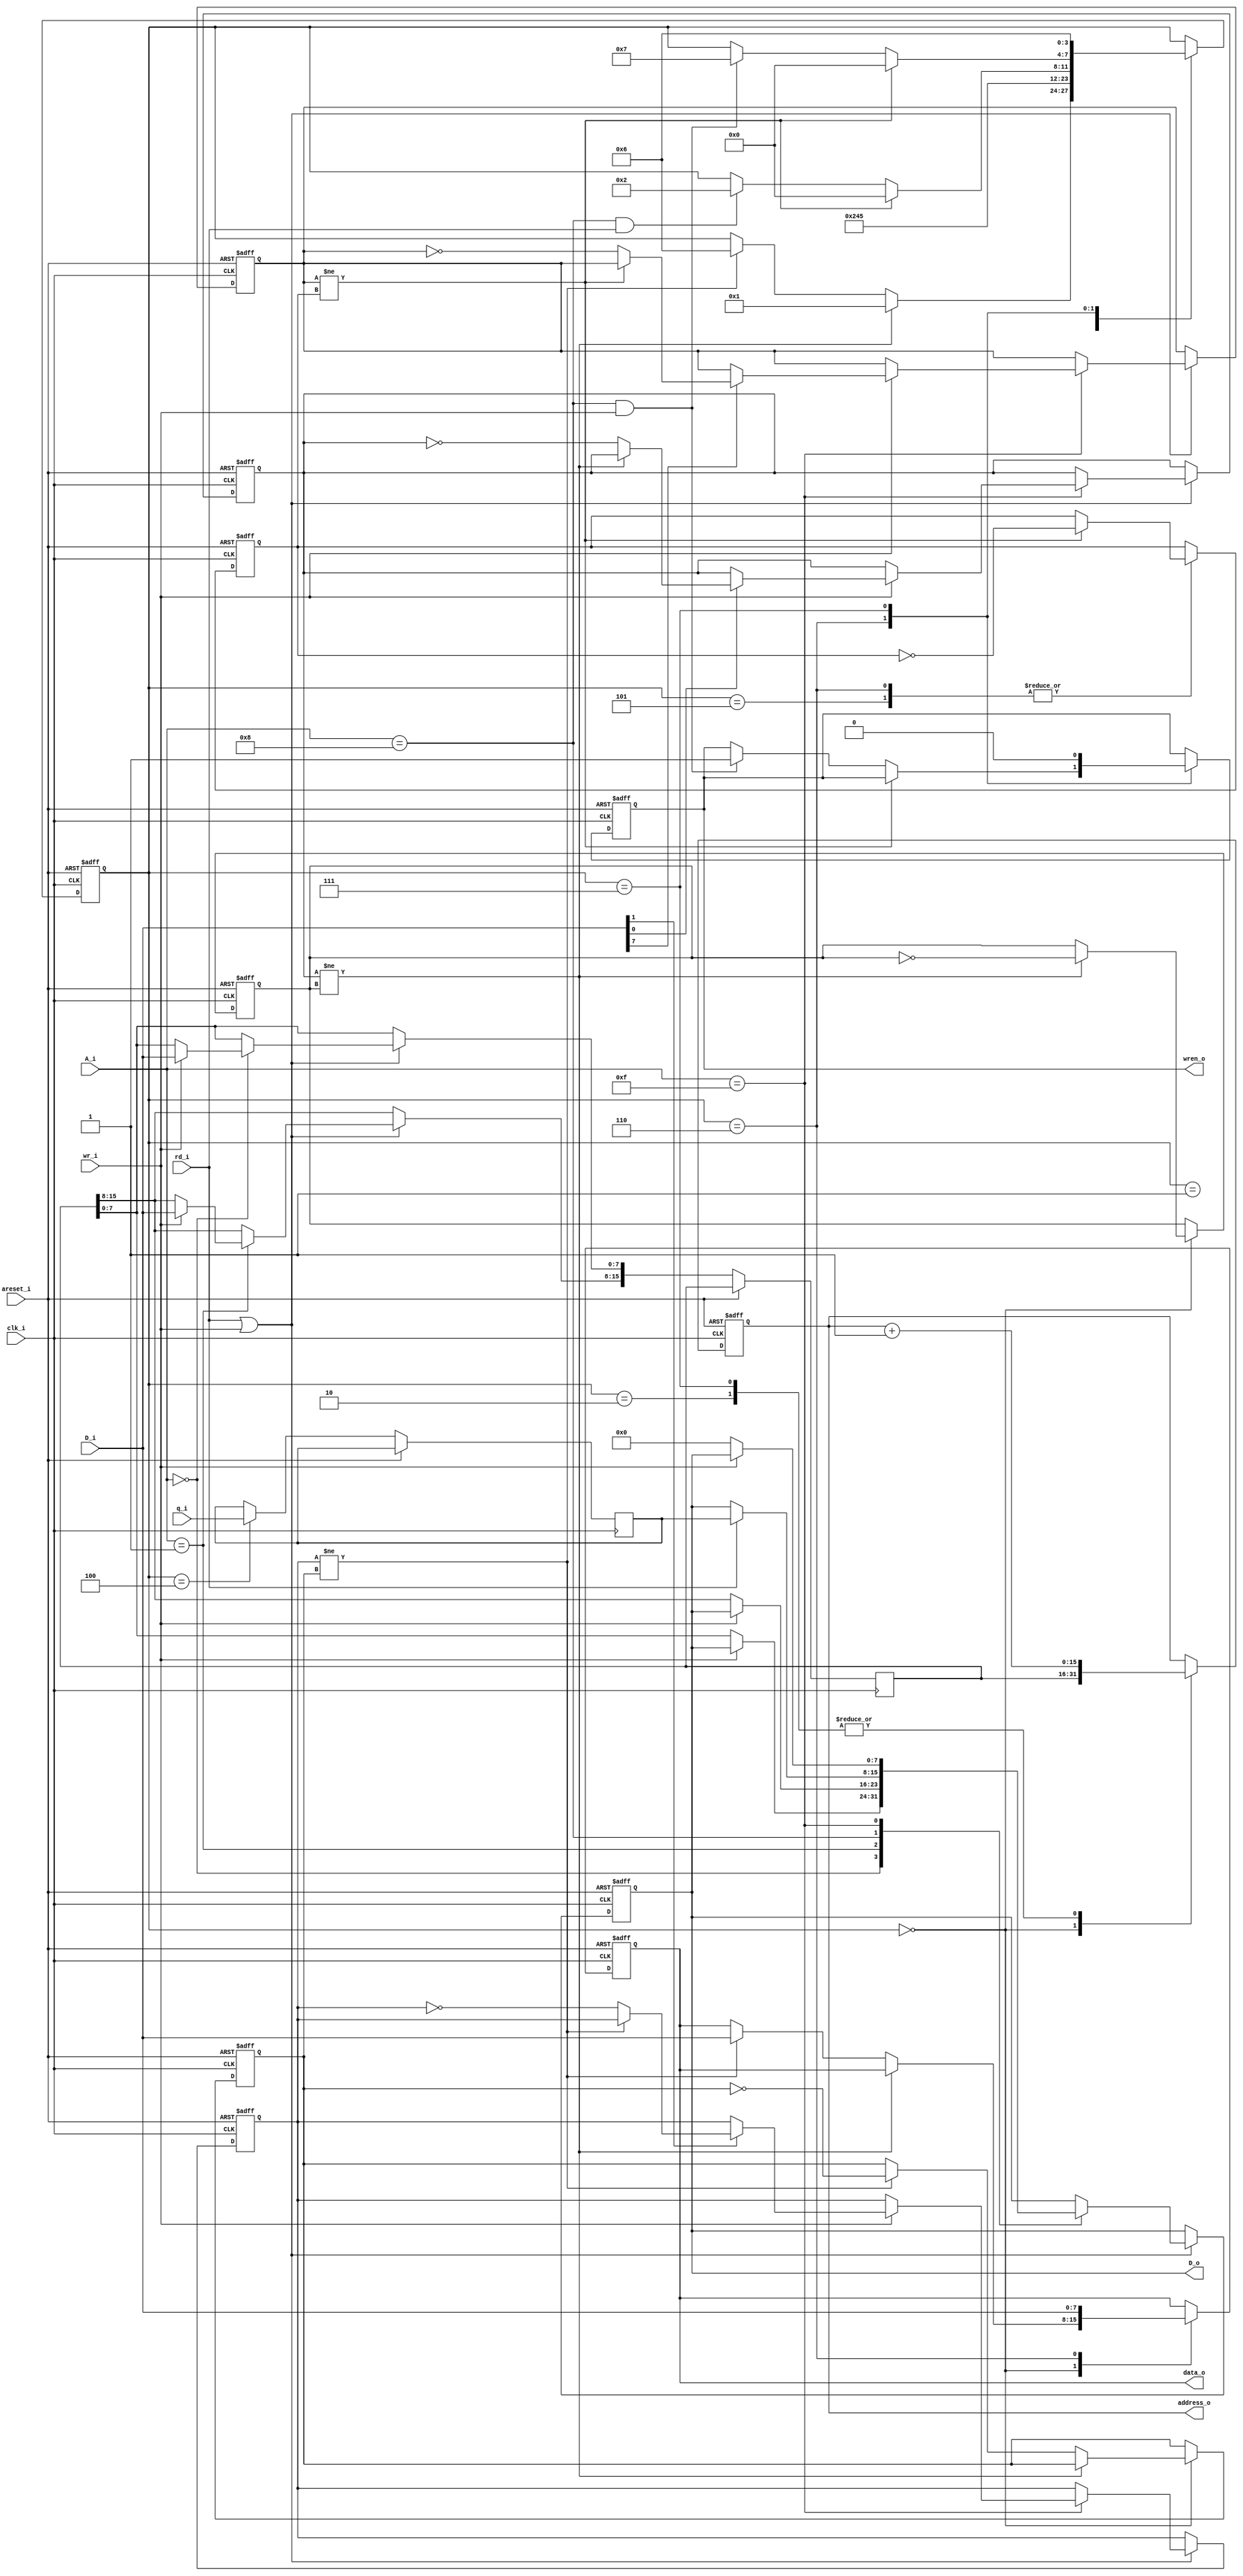
module blockram_spool (
	// System signals
	input wire clk_i,
	input wire areset_i,
	// Blockram Interface
	output reg [15:0] address_o,
	output reg [7:0]	data_o,
	input wire [7:0]	q_i,
	output reg			wren_o,
	// CPC Interface
	input wire [3:0]	A_i,
	input wire [7:0]	D_i,
	output reg [7:0]	D_o,
	input wire 			rd_i,
	input wire			wr_i
	);

	parameter 	IDLE = 4'd0, 
					PRE_READ = 4'd1, READ_READY = 4'd2, READ_CAPTURE = 4'd4, WAIT_READ = 4'd5,
					WRITE_WAIT = 4'd6, WRITE_NEXT = 4'd7;
	
	// Wire definitions ===========================================================================
	wire rd_sig, wr_sig, abort_sig;
	wire read_trigger, write_trigger;
	
	// Registers ==================================================================================
	reg [15:0] A;
	reg cpu_rd, cpu_wr, fsm_rd, fsm_wr, cpu_abort, fsm_abort;
	reg [3:0] state;
	reg [7:0] rd_buffer;
	
	// Assignments ================================================================================
	assign rd_sig = (cpu_rd != fsm_rd);
	assign wr_sig = (cpu_wr != fsm_wr);
	assign abort_sig = (cpu_abort != fsm_abort);
	assign read_trigger = (A_i == 4'd8) && rd_i;
	assign write_trigger = (A_i == 4'd8) && wr_i;
	
	// Module connections =========================================================================
	
	// Simulation branches and control ============================================================
	
	// Core logic ================================================================================
	always @(posedge clk_i or posedge areset_i)
	if( areset_i )
	begin
		D_o <= 8'd0;
		cpu_rd <= 1'b0;
		cpu_wr <= 1'b0;
		cpu_abort <= 1'b0;
	end else if( rd_i | wr_i ) begin		// Only do something if signalled 
		case(A_i)
			4'd0:	begin
				if( wr_i ) A[7:0] <= D_i; else D_o <= A[7:0];
			end
			4'd1:	begin
				if( wr_i ) A[15:8] <= D_i; else D_o <= A[15:8];
			end
			4'd8: begin
				if( rd_i ) D_o <= rd_buffer;
			end
			4'd15: begin
				if( wr_i ) begin
					if( D_i[0] ) if( ~rd_sig) cpu_rd <= ~cpu_rd;
					if( D_i[1] ) if( ~wr_sig) cpu_wr <= ~cpu_wr;
					if( D_i[7] ) if( ~abort_sig ) cpu_abort <= ~cpu_abort;
				end else begin
					D_o <= {8'b0};
				end
			end
		endcase
	end
	
	// FSM to read/write block ram
	always @(posedge clk_i or posedge areset_i)
	if( areset_i )
	begin
		fsm_rd <= 1'b0;
		fsm_wr <= 1'b0;
		fsm_abort <= 1'b0;
		address_o <= 16'd0;
		data_o <= 8'd0;
		wren_o <= 1'b0;		
		state <= IDLE;
	end else begin
		case( state )
			// Waiting for instructions
			IDLE: begin
				address_o <= A;
				if( rd_sig )
				begin
					fsm_rd <= ~fsm_rd;
					state <= PRE_READ;
				end else if( wr_sig )
				begin
					data_o <= D_i;			// Capture first case
					fsm_wr <= ~fsm_wr;
					state <= WRITE_WAIT;
				end
			end
			// Read states
			PRE_READ: begin
				state <= READ_READY;
			end
			READ_READY: begin
				address_o <= address_o + 1'b1;
				state <= READ_CAPTURE;
			end
			READ_CAPTURE: begin
				rd_buffer <= q_i;
				state <= WAIT_READ;
			end
			WAIT_READ: begin
				if( abort_sig ) 
				begin
					state <= IDLE;
					fsm_abort <= ~fsm_abort;
				end else
				if( (A_i == 4'd8) && rd_i ) state <= READ_READY;
			end
			// Write states
			WRITE_WAIT: begin
				if( abort_sig )
				begin
					state <= IDLE;
					fsm_abort <= ~fsm_abort;
				end else
				if( write_trigger ) begin
					wren_o <= 1'b1;
					state <= WRITE_NEXT;
				end
				data_o <= D_i;
			end
			WRITE_NEXT: begin
				address_o <= address_o + 1'b1;
				wren_o <= 1'b0;
				state <= WRITE_WAIT;
			end
		endcase
		
	end
endmodule